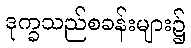
ဒုက္ခသည်စခန်းများ၌